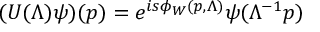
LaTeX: ( U ( \Lambda ) \psi ) ( p ) = e ^ { i s \phi _ { W } ( p , \Lambda ) } \psi ( \Lambda ^ { - 1 } p )